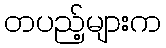
တပည့်များက